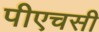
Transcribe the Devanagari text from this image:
पीएचसी